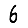
Digit: 6